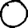
Digit: 0